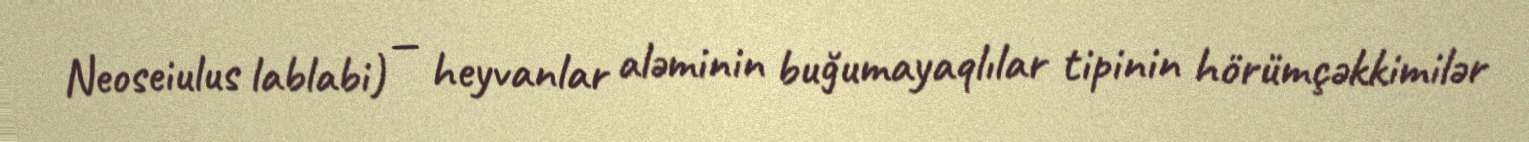
Neoseiulus lablabi) — heyvanlar aləminin buğumayaqlılar tipinin hörümçəkkimilər